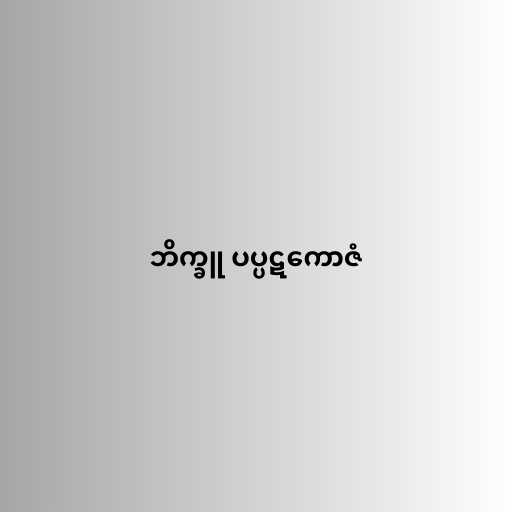
ဘိက္ခူ ပပ္ပဋကောဇံ